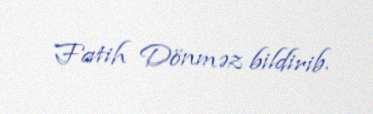
Fatih Dönməz bildirib.